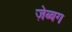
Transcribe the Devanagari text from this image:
ज़ेब्बग